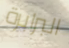
البرابرة